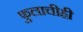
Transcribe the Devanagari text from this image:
फुलाचीही